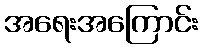
အရေးအကြောင်း